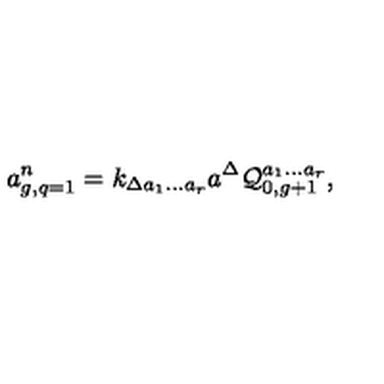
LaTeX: a _ { g , q = 1 } ^ { n } = k _ { \Delta a _ { 1 } \ldots a _ { r } } a ^ { \Delta } { \cal Q } _ { 0 , g + 1 } ^ { a _ { 1 } \ldots a _ { r } } ,